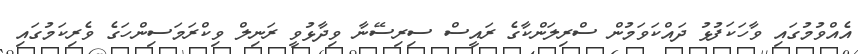
އެއްވުމުގައި ވާހަކަފުޅު ދައްކަވަމުން ސްރިލަންކާގެ ރައީސް ސިރިސޭނާ ވިދާޅުވީ ރަނިލް ވިކްރަމަސިންހަގެ ވެރިކަމުގައި